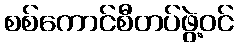
စစ်ကောင်စီတပ်ဖွဲ့ဝင်